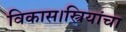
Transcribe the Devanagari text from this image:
विकास।स्त्रियांचा